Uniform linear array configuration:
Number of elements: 16
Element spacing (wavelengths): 0.5
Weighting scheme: binomial
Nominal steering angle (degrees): -15
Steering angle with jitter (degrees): -13.16
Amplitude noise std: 0.05
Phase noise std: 0.05

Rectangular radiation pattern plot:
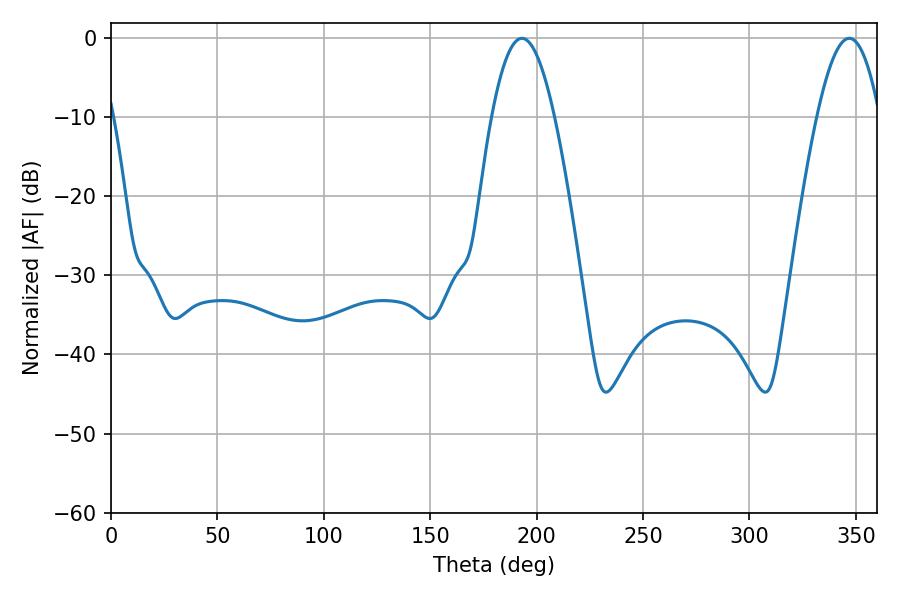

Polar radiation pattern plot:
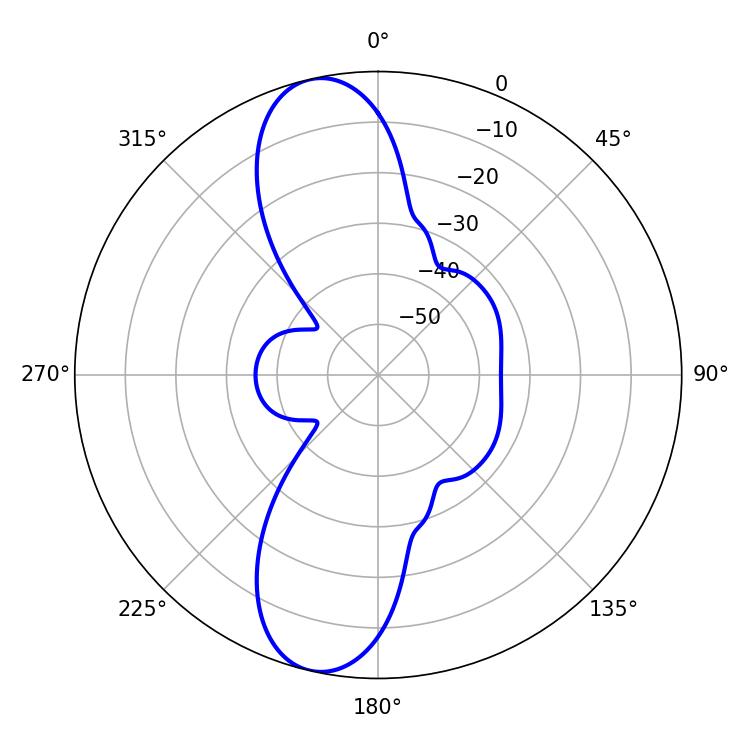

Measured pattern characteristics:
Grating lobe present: FALSE
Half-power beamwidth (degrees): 16.02
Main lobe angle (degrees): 193.14